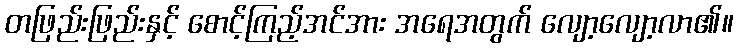
တဖြည်းဖြည်းနှင့် စောင့်ကြည့်အင်အား အရေအတွက် လျော့လျော့လာ၏။